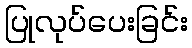
ပြုလုပ်ပေးခြင်း